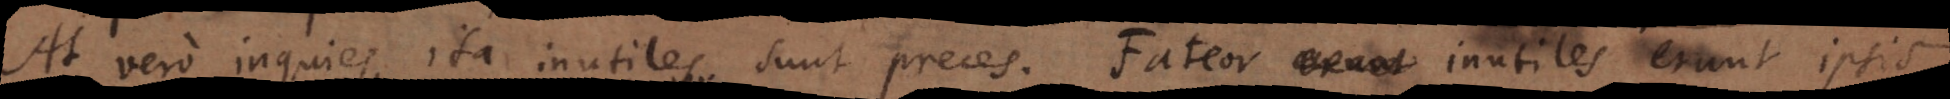
At vero, inquies, ita inutiles sunt preces. Fateor inutiles erunt ipsis